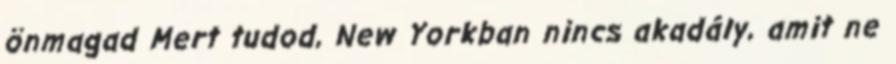
önmagad Mert tudod, New Yorkban nincs akadály, amit ne